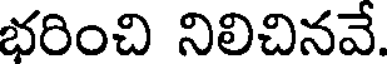
భరించి నిలిచినవే.